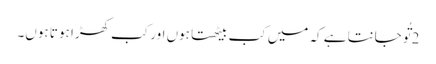
2 تُو جانتا ہے کہ میں کب بیٹھتا ہوں اور کب کھڑا ہو تا ہوں۔